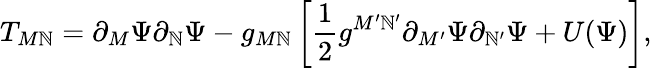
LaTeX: T_{M\mathbb{N}}=\partial_{M}\Psi\partial_{\mathbb{N}}\Psi-g_{M\mathbb{N}}\left[\frac{{1}}{{2}}g^{M^{\prime}\mathbb{N}^{\prime}}\partial_{M^{\prime}}\Psi\partial_{\mathbb{N}^{\prime}}\Psi+U(\Psi)\right],